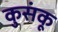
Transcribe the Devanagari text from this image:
कुसंकू